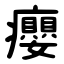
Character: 癭